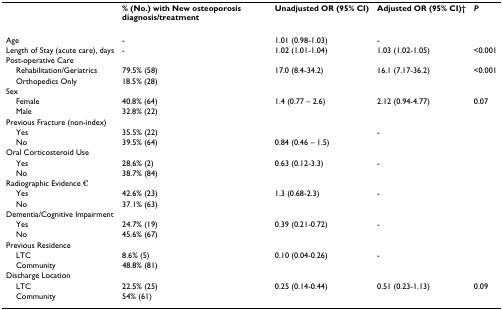
|  | % (No.) with New osteoporosis diagnosis/treatment | Unadjusted OR (95% CI) | Adjusted OR (95% CI)† | P |
 | --- | --- | --- | --- | --- |
 | Age | - | 1.01 (0.98-1.03) | - |  |
 | Length of Stay (acute care), days | - | 1.02 (1.01-1.04) | 1.03 (1.02-1.05) | <0.001 |
 | Post-operative Care |  |  |  |  |
 | Rehabilitation/Geriatrics | 79.5% (58) | 17.0 (8.4-34.2) | 16.1 (7.17-36.2) | <0.001 |
 | Orthopedics Only | 18.5% (28) |  |  |  |
 | Sex |  |  |  |  |
 | Female | 40.8% (64) | 1.4 (0.77 – 2.6) | 2.12 (0.94-4.77) | 0.07 |
 | Male | 32.8% (22) |  |  |  |
 | Previous Fracture (non-index) |  |  |  |  |
 | Yes | 35.5% (22) |  | - |  |
 | No | 39.5% (64) | 0.84 (0.46 – 1.5) |  |  |
 | Oral Corticosteroid Use |  |  |  |  |
 | Yes | 28.6% (2) | 0.63 (0.12-3.3) | - |  |
 | No | 38.7% (84) |  |  |  |
 | Radiographic Evidence € |  |  |  |  |
 | Yes | 42.6% (23) | 1.3 (0.68-2.3) | - |  |
 | No | 37.1% (63) |  |  |  |
 | Dementia/Cognitive Impairment |  |  |  |  |
 | Yes | 24.7% (19) | 0.39 (0.21-0.72) | - |  |
 | No | 45.6% (67) |  |  |  |
 | Previous Residence |  |  |  |  |
 | LTC | 8.6% (5) | 0.10 (0.04-0.26) | - |  |
 | Community | 48.8% (81) |  |  |  |
 | Discharge Location |  |  |  |  |
 | LTC | 22.5% (25) | 0.25 (0.14-0.44) | 0.51 (0.23-1.13) | 0.09 |
 | Community | 54% (61) |  |  |  |